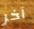
آخر